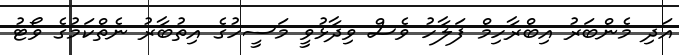
އަދި މެންބަރު އިބްރާހިމް ފަލާހު ވެސް ވިދާޅުވީ މަސީހުގެ އިތުބާރު ނެތްކަމުގެ ވޯޓު